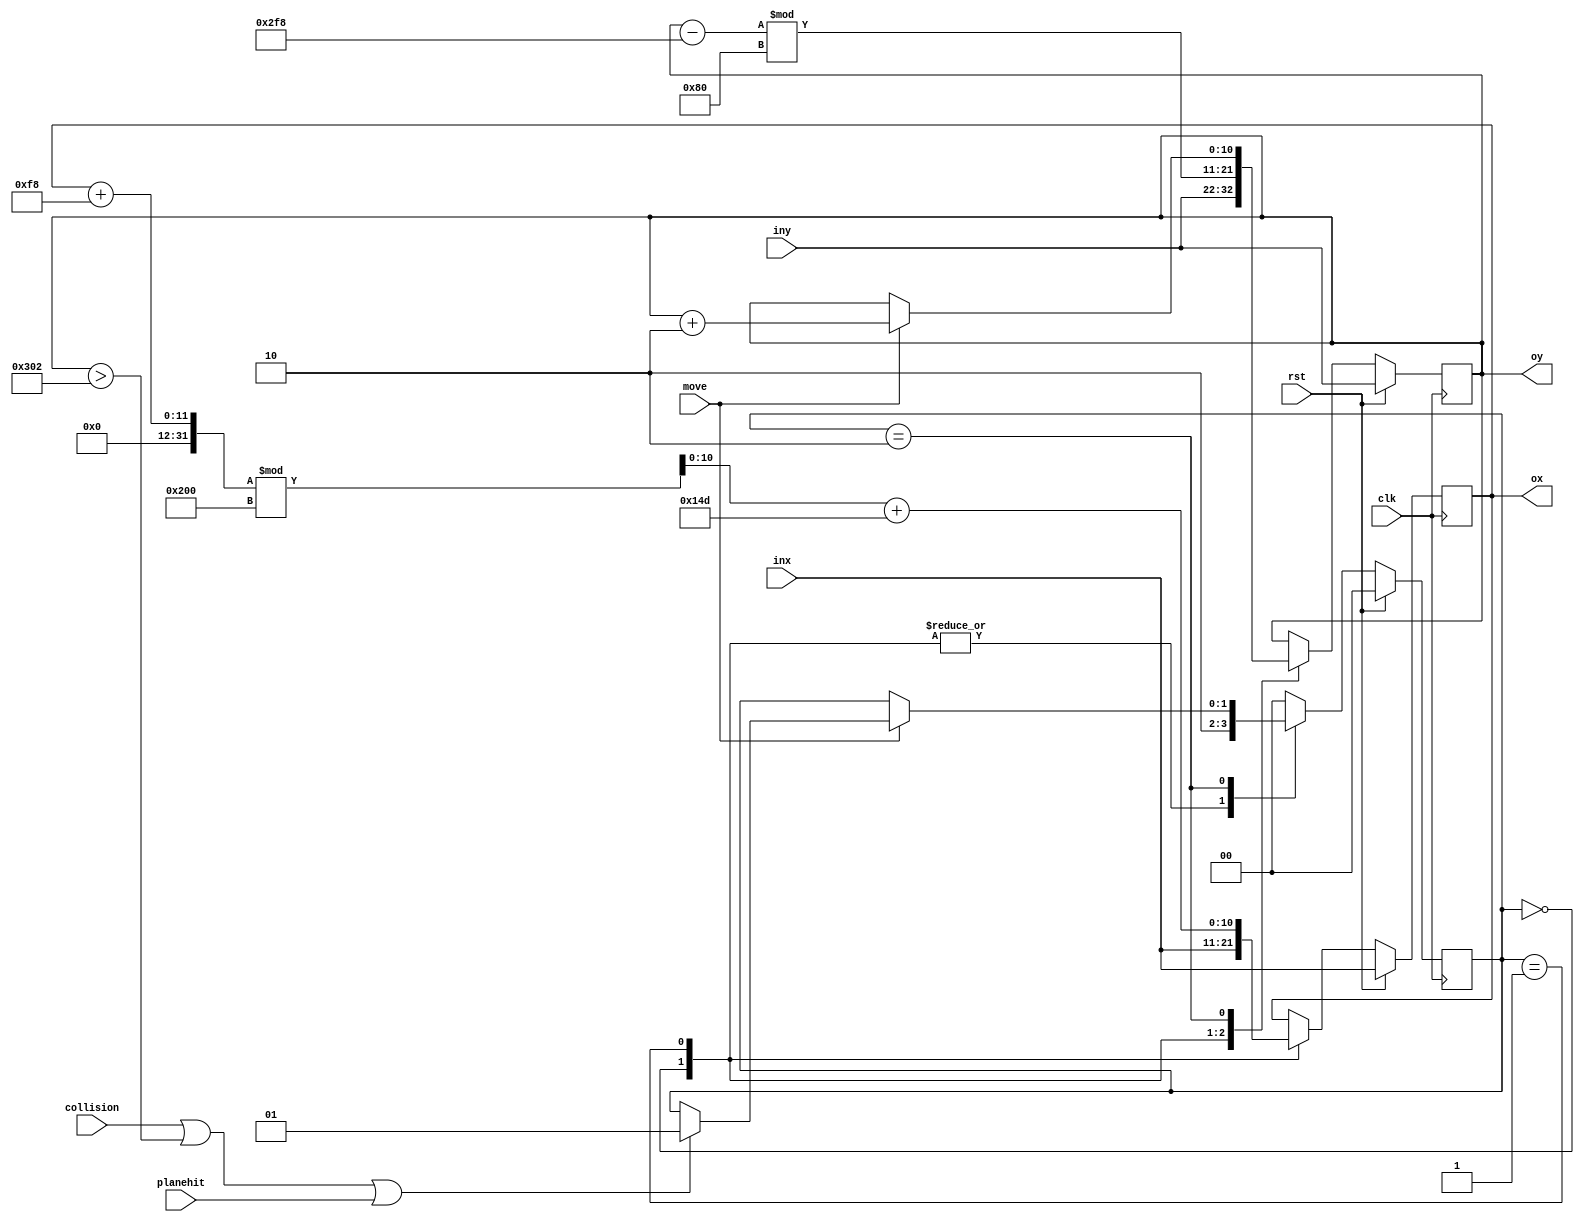
module rockmover
    (input  wire clk,
     input  wire rst,
     input  wire move,
     input  wire collision,
	  input wire planehit,
     input wire [10:0]  inx,
     input wire [10:0]  iny,
     output wire [10:0] ox,
     output wire [10:0] oy);
   
   localparam S0 = 0, S1 = 1, S2 = 2;
	
	reg [1:0] state,statenext;
	
	reg [10:0] rockx, rockxnext, rocky, rockynext;
	
	
	always @(posedge clk) begin
		if(rst) begin
			state <= S0;
			rockx <= inx;
			rocky <= iny;
		end
		else begin
			state <= statenext;
			rockx <= rockxnext;
			rocky <= rockynext;
		end
	end
	
	always @(*) begin
		statenext = state;
		rockxnext = rockx;
		rockynext = rocky;
		
		case(state)
			S0: begin
                rockxnext = inx;
                rockynext = iny;
                statenext = S2;
			end
			
			S1: begin
				rockynext = (rocky - 11'd760) % 11'd128;
				rockxnext = ((rockx + 248) % 11'd512) + 11'd333;
				statenext = S2;
			end
            
         S2: begin
				if(move) begin
					rockynext = rocky + 11'd2;
						if(collision || rocky > 11'd770 || planehit)
							statenext = S1;
				end
			end
			
			default:
				statenext = S0;
		endcase
	end
	
	assign ox = rockx;
	assign oy = rocky;

endmodule